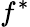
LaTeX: f^{*}